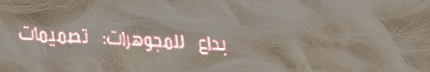
إبداع للمجوهرات: تصميمات